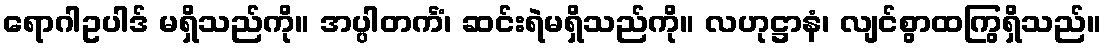
ရောဂါဥပါဒ် မရှိသည်ကို။ အပ္ပါတင်္ကံ၊ ဆင်းရဲမရှိသည်ကို။ လဟုဋ္ဌာနံ၊ လျင်စွာထကြွရှိသည်။